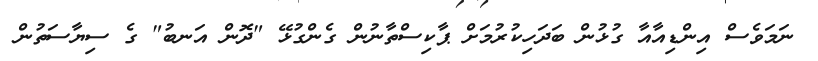
ނަމަވެސް އިންޑިއާއާ ގުޅުން ބަދަހިކުރުމަށް ޕާކިސްތާނުން ގެންގުޅޭ "ދޮން އަނބު" ގެ ސިޔާސަތުން